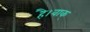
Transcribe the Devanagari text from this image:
है।वाक्